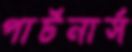
পার্টনার্স